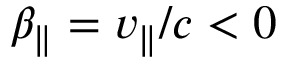
\beta _ { \| } = v _ { \| } / c < 0